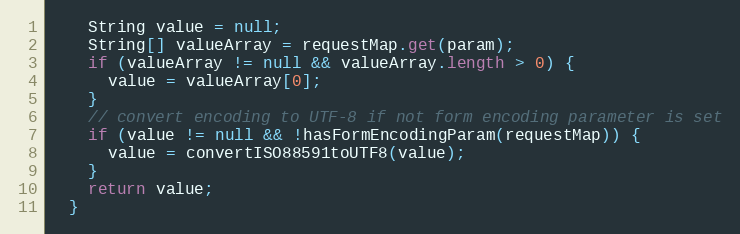
Language: Java
    String value = null;
    String[] valueArray = requestMap.get(param);
    if (valueArray != null && valueArray.length > 0) {
      value = valueArray[0];
    }
    // convert encoding to UTF-8 if not form encoding parameter is set
    if (value != null && !hasFormEncodingParam(requestMap)) {
      value = convertISO88591toUTF8(value);
    }
    return value;
  }